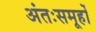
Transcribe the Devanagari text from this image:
अंतःसमूहों